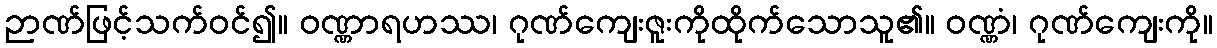
ဉာဏ်ဖြင့်သက်ဝင်၍။ ဝဏ္ဏာရဟဿ၊ ဂုဏ်ကျေးဇူးကိုထိုက်သောသူ၏။ ဝဏ္ဏံ၊ ဂုဏ်ကျေးကို။